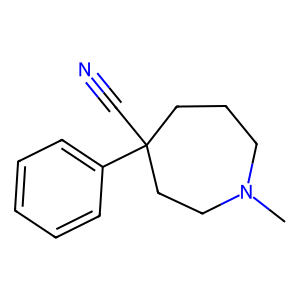
SMILES: CN1CCCC(C#N)(c2ccccc2)CC1
Inhibits HIV replication: No